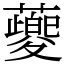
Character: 䕫